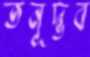
তনূদ্ভব